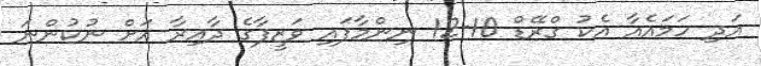
އަދި ހަމައެއާ އެކު ގްރޭޑް 10-12 ނިންމާފައި ވަޒީފާގެ ދާއިރާ އަށް ނުކުންނަ